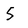
Character: 5